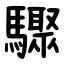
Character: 驟